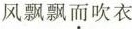
风飘飘而吹衣